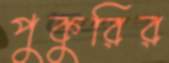
পুকুরির